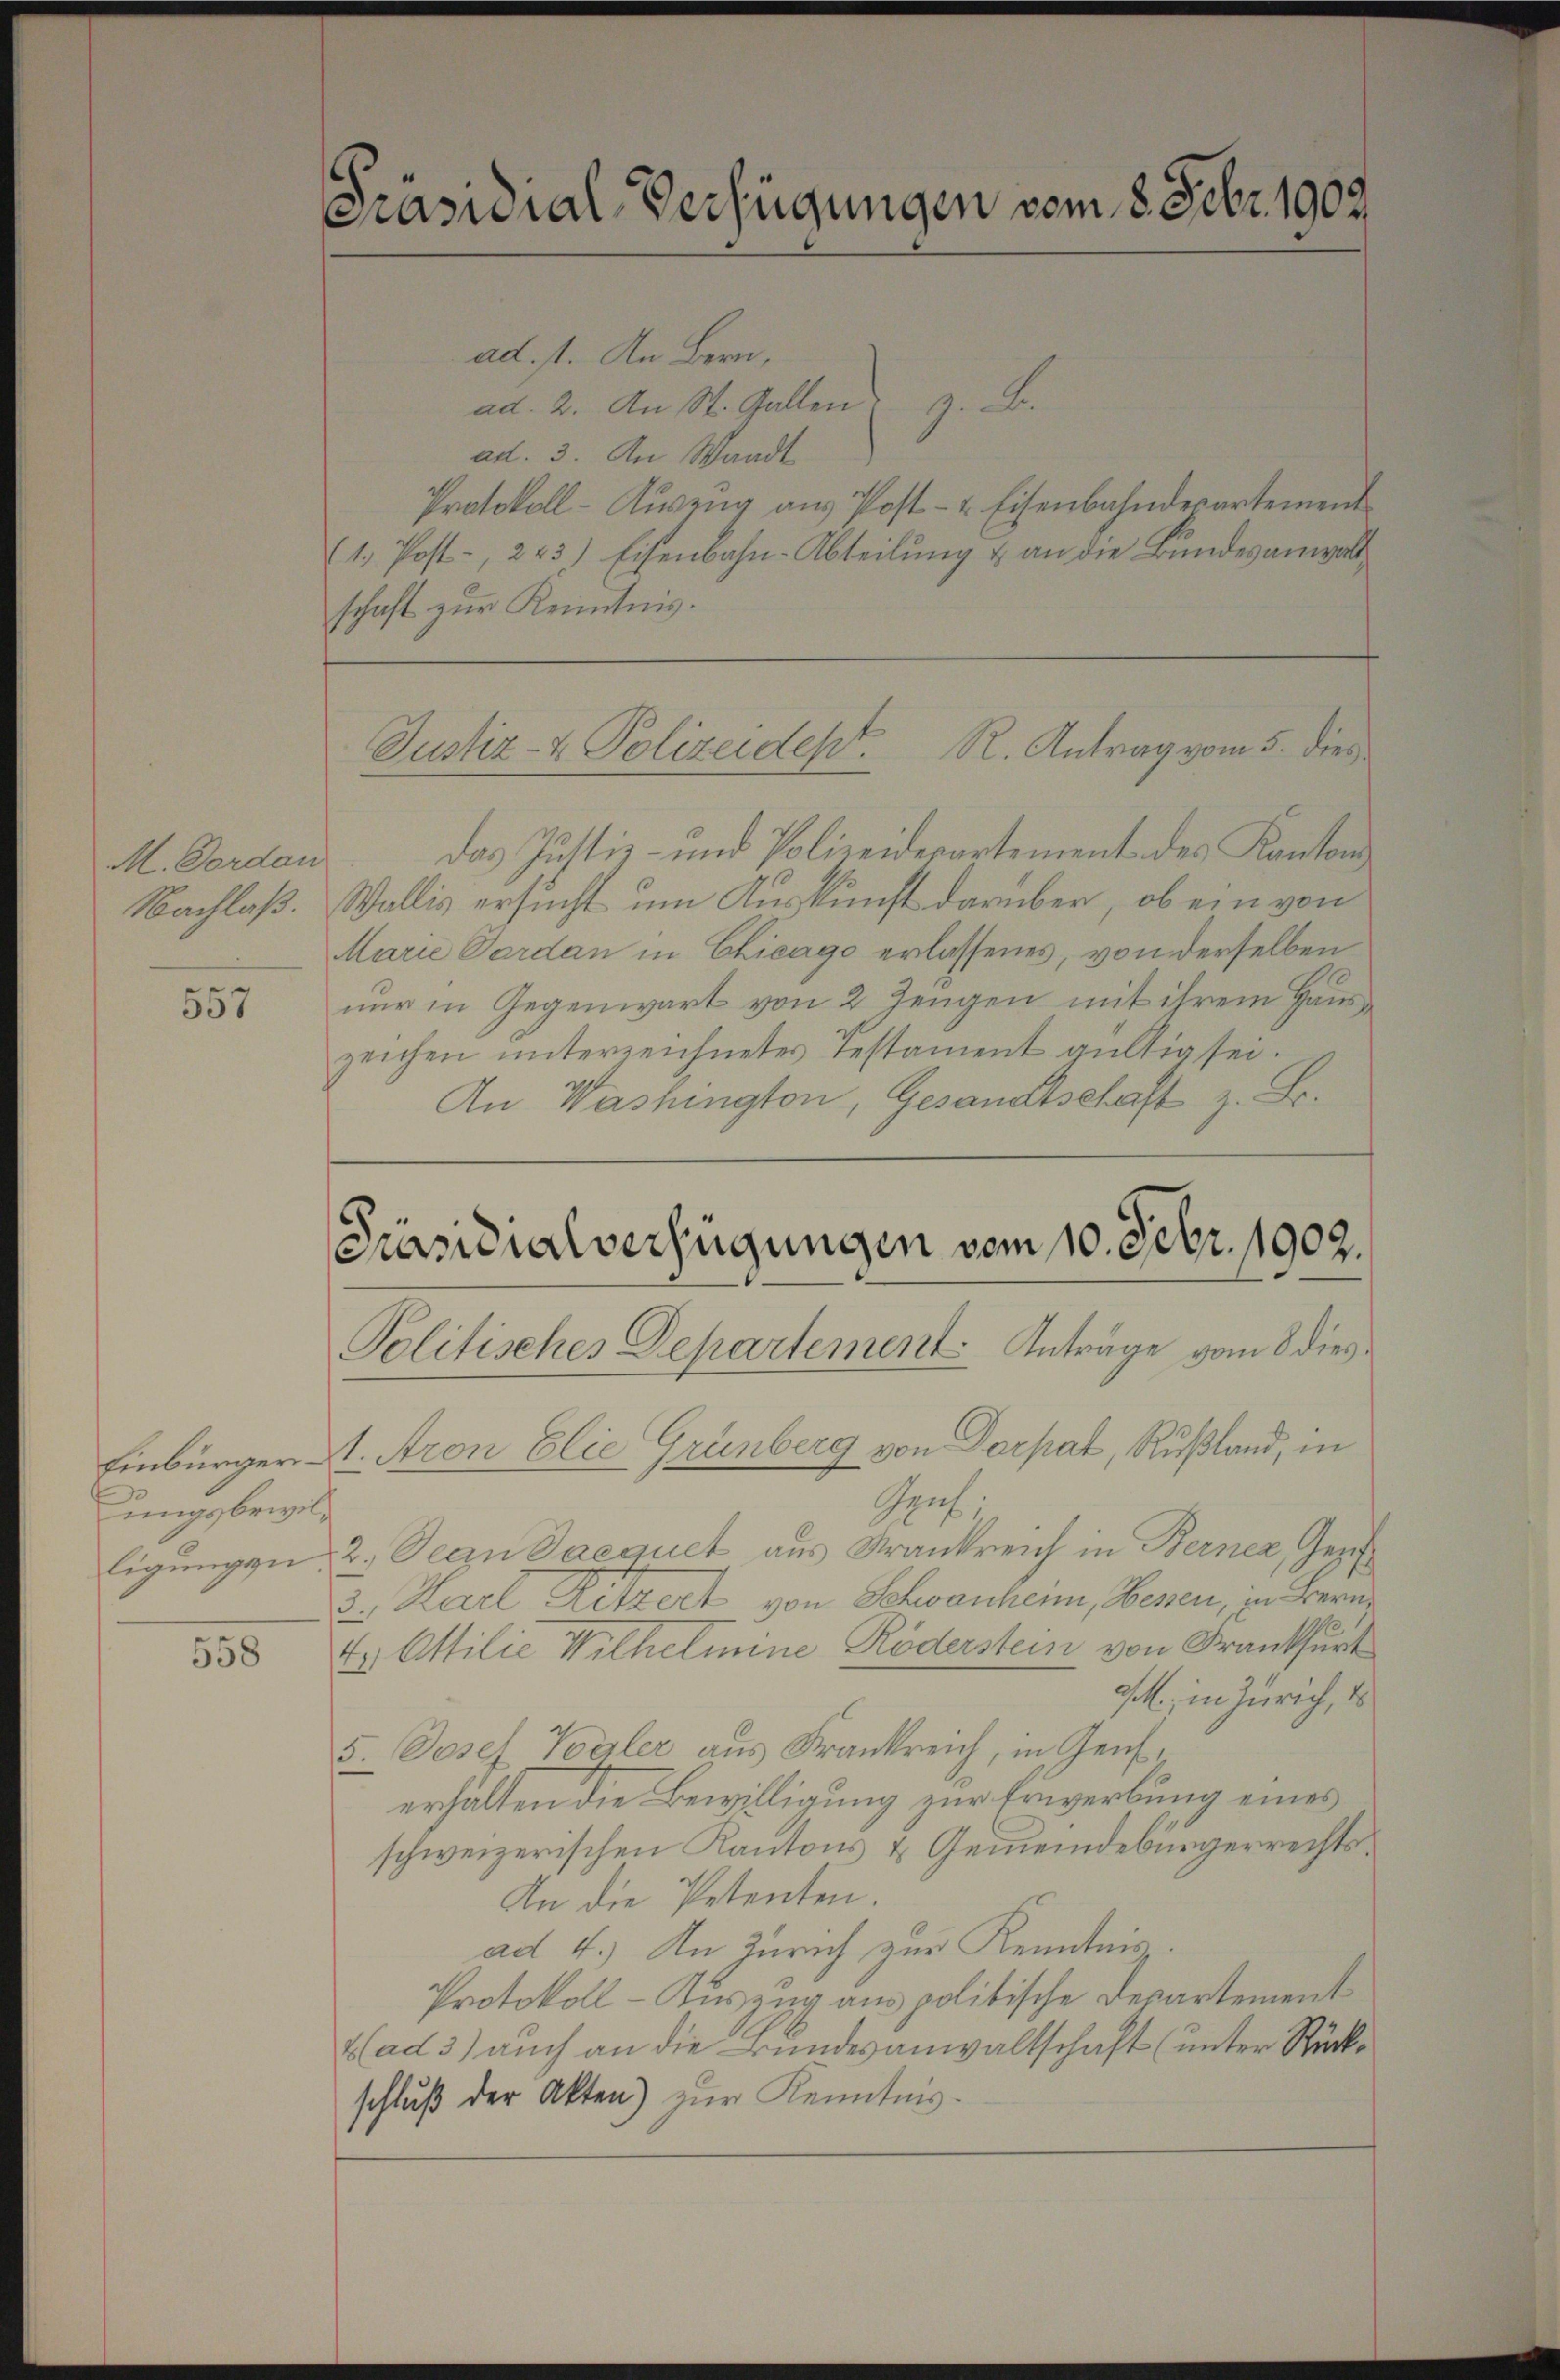
M. Dordan
Nachlaß.

ä
336

ungsbewil¬

558

Präsidial-Verfügungen vom 8. Febr. 1902

ad 1. An Bern,
ad. 2. An St. Gallen z. B.
ad. 3. An Waadt
Protokoll-Aŭszŭg aŭs Post- & Eisenbahndepartement
1. Post-, 223) Eisenbahn-Abteilung & an die Bundesanwalt
schaft zur Kenntnis.

Justiz- & Polizeidept. R. Antrag vom 5. dies

das Justiz- und Polizeiderartement des Kantons
Wallis ersucht um Auskunft darüber, ob ein von
Marie Pardan in Chicago erlassenes, von derselben
nur in Gegenwart von 2 Zeugen mit ihrem Hauszeichen unterzeichnetes Testament gültig sei.
An Washington, Gesandtschaft z. B.

Präsidialverfügungen vom 10. Febr. 1902.

Politisches Departement Anträge vom 8 dies¬
Einbürger St. Aron Elie Grünberg von Dorpat, Rußland, in
Gpnf.
ligungen, 2., Dein Saequet aus Frankreich in Berner, Gezi¬
3., Karl Ritzert von Schwanheim, Wesen, in Bern
E Attilie Wilhelmine Köderstein von Frankfurt
J., in Zürich, d
5. Josef Valer aus Frankreich, in Genf,
erhalten die Bewilligung zur Erwerbung eines
schweizerischen Kantons & Gemeindebürgerrechts¬
An die Petenten.
ad 4.) An Zürich zur Kenntnis.
Protokoll-Auszug aus politische Departement
(ad 3) auch an die Bundesanwaltschaft (unter Rücke
schluß der Akten) zur Kenntnis.